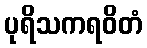
ပုရိသကရဝိတံ